Vaccination Hyderabad 1872-1889 - 1872-1889
Year: 1872
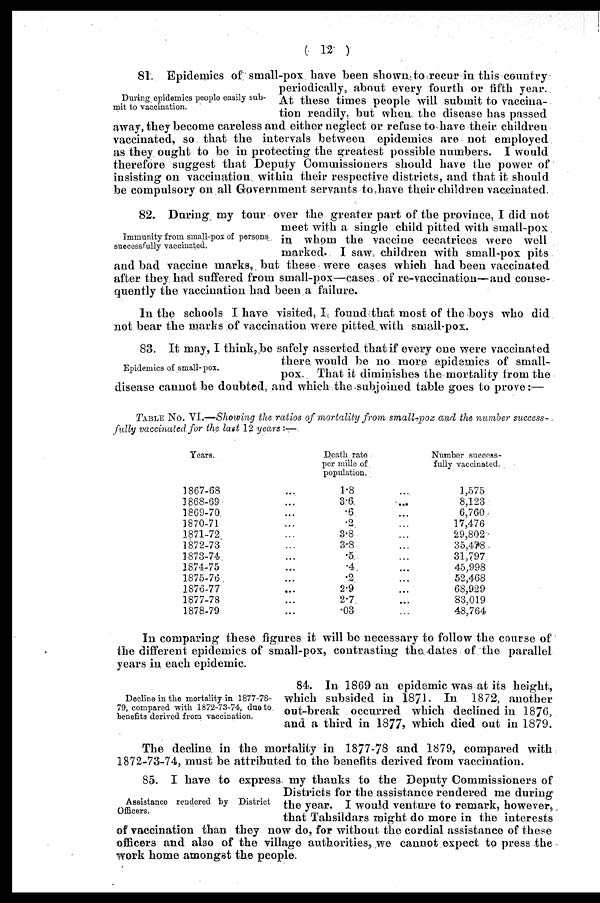
(12
)
During epidemics people easily sub-
mit to vaccination.
81. Epidemics of small-pox have been shown to recur in this country
periodically, about every fourth or fifth year.
At these times people will submit to vaccina-
tion readily, but when the disease has passed
away, they become careless and either neglect or refuse to have their, children
vaccinated, so that the intervals between epidemics are not employed
as they ought to be in protecting the greatest possible numbers. I would
therefore suggest that Deputy Commissioners should have the power of
insisting on vaccination within their respective districts, and that it should
be compulsory on all Government servants to have their children vaccinated.
Immunity from small-pox of persons
successfully vaccinated.
82. During my tour over the greater part of the province, I did not
meet with a single child pitted with small-pox
in whom the vaccine cecatrices were well
marked. I saw children with small-pox pits
and bad vaccine marks, but these were cases which had been vaccinated
after they had suffered from small-pox—cases. of re-vaccination—and conse-
quently the vaccination had been a failure.
In the schools I have visited, I found that most of the boys who did
not bear the marks of vaccination were pitted with small-pox.
Epidemics of small-pox.
83. It may, I think,be safely asserted that if every one were vaccinated
there, would be no more epidemics of small-
pox. That it diminishes the mortality from the
disease cannot be doubted, and which the subjoined table goes to prove:—
TABLE No. VI.—Showing the ratios of mortality from small-pox and the number success-
fully vaccinated for the last 12 years:—
Years.
1867-68 ...
1868-69 ...
1869-70 ...
1870-71 ...
1871-72 ...
1872-73 ...
1873-74 ...
1874-75 ...
1875-76 ...
1876-77 ...
1977-78 ...
1878-79 ...
Death rate
per mille of
population.
1.8 ...
3.6 ...
.6...
.2...
3.8 ...
3.8 ...
.5 ...
.4 ...
.2 ...
2.9 ...
2.7...
.03 ...
Number success-
fully vaccinated.
1,575
8,123
6,760
17,476
29,802
35,478
31,797
45,998
52,468
68.929
83,019
48,764
In comparing these figures it will be necessary to follow the course of
the different epidemics of small-pox, contrasting the dates of the parallel
years in each epidemic.
Decline in the mortality in 1877-78-
79, compared with 1872-73-74, due to
benefits derived from vaccination.
84. In 1869 an epidemic was at its height,
which subsided in 1871. In 1872, another
out-break occurred which declined in 1876,
and a third in 1877, which died out in 1879.
The decline in the, mortality in 1877-78 and 1879, compared with
1872-73-74, must be attributed to the benefits derived from vaccination.
Assistance rendered by District
Officers.
85. I have to express my thanks to the Deputy Commissioners of
Districts for the assistance rendered me during
the year. I would venture to remark, however,.
that Tahsildars might do more in the interests
of vaccination than they now do, for without the cordial assistance of these
officers and also of the village authorities, we cannot expect to press the
work home amongst the people.